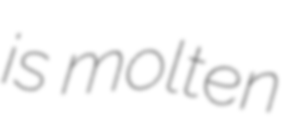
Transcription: is molten